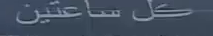
کل ساعتین